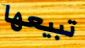
تبيعها